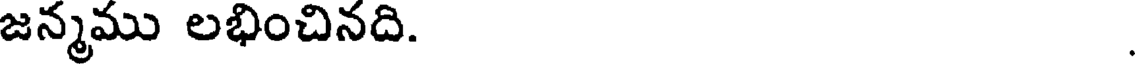
జన్మము లభించినది.